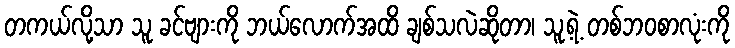
တကယ်လို့သာ သူ ခင်ဗျားကို ဘယ်လောက်အထိ ချစ်သလဲဆိုတာ၊ သူ့ရဲ့ တစ်ဘဝစာလုံးကို